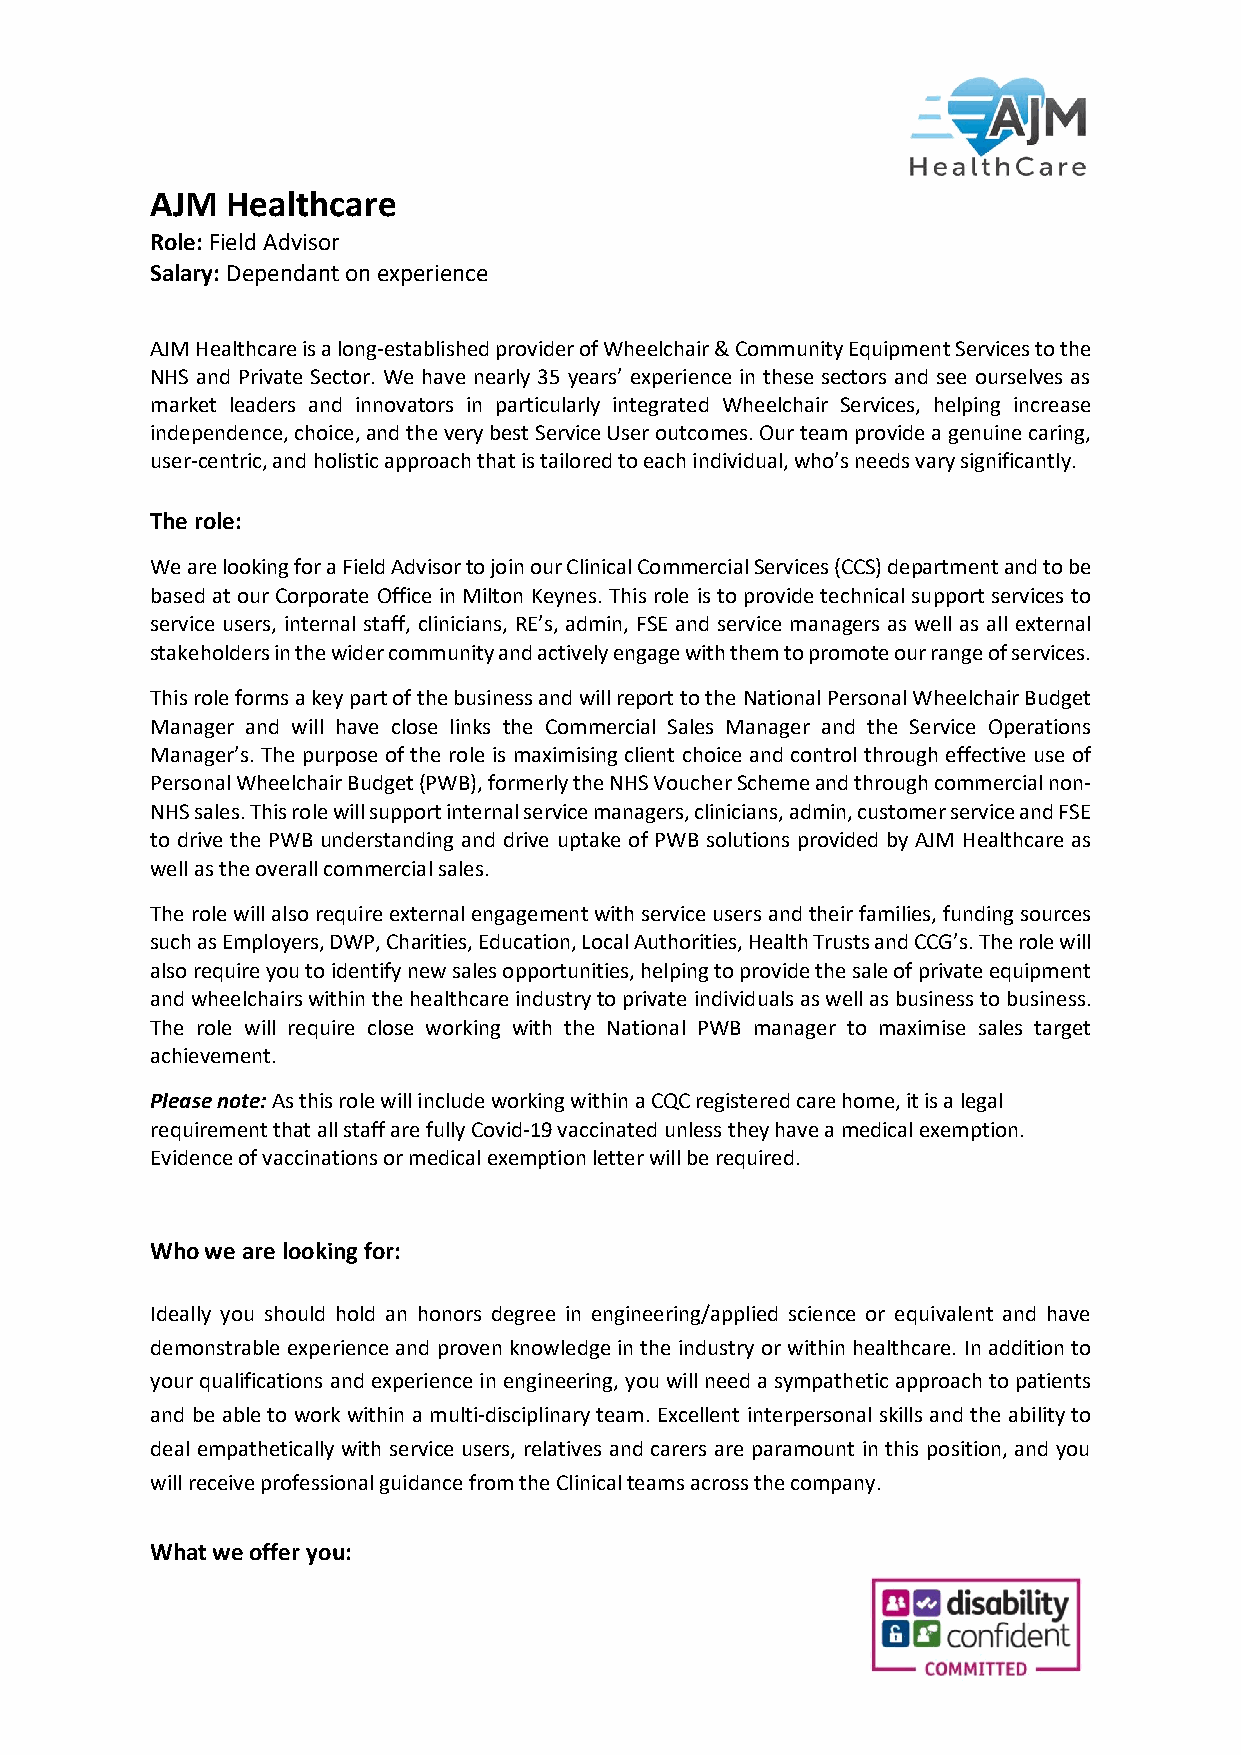
AJM  Healthcare
 Role: Field Advisor
 Salary: Dependant on experience
 AJM Healthcare is a long-established provider of Wheelchair & Community Equipment Services to the
 NHS and Private Sector. We have nearly 35 years’ experience in these sectors and see ourselves as
 market leaders and innovators in particularly integrated Wheelchair Services, helping increase
 independence, choice, and the very best Service User outcomes. Our team provide a genuine caring,
 user-centric, and holistic approach that is tailored to each individual, who’s needs vary significantly.
 The role:
 We are looking for a Field Advisor to join our Clinical Commercial Services (CCS) department and to be
 based at our Corporate Office in Milton Keynes. This role is to provide technical support services to
 service users, internal staff, clinicians, RE’s, admin, FSE and service managers as well as all external
 stakeholders in the wider community and actively engage with them to promote our range of services.
 This role forms a key part of the business and will report to the National Personal Wheelchair Budget
 Manager and will have close links the Commercial Sales Manager and the Service Operations
 Manager’s. The purpose of the role is maximising client choice and control through effective use of
 Personal Wheelchair Budget (PWB), formerly the NHS Voucher Scheme and through commercial non-
 NHS sales. This role will support internal service managers, clinicians, admin, customer service and FSE
 to drive the PWB understanding and drive uptake of PWB solutions provided by AJM Healthcare as
 well as the overall commercial sales.
 The role will also require external engagement with service users and their families, funding sources
 such as Employers, DWP, Charities, Education, Local Authorities, Health Trusts and CCG’s. The role will
 also require you to identify new sales opportunities, helping to provide the sale of private equipment
 and wheelchairs within the healthcare industry to private individuals as well as business to business.
 The role will require close working with the National PWB manager to maximise sales target
 achievement.
 Please note: As this role will include working within a CQC registered care home, it is a legal
 requirement that all staff are fully Covid-19 vaccinated unless they have a medical exemption.
 Evidence of vaccinations or medical exemption letter will be required.
 Who we are looking for:
 Ideally you should hold an honors degree in engineering/applied science or equivalent and have
 demonstrable experience and proven knowledge in the industry or within healthcare. In addition to
 your qualifications and experience in engineering, you will need a sympathetic approach to patients
 and be able to work within a multi-disciplinary team. Excellent interpersonal skills and the ability to
 deal empathetically with service users, relatives and carers are paramount in this position, and you
 will receive professional guidance from the Clinical teams across the company.
 What we offer you: